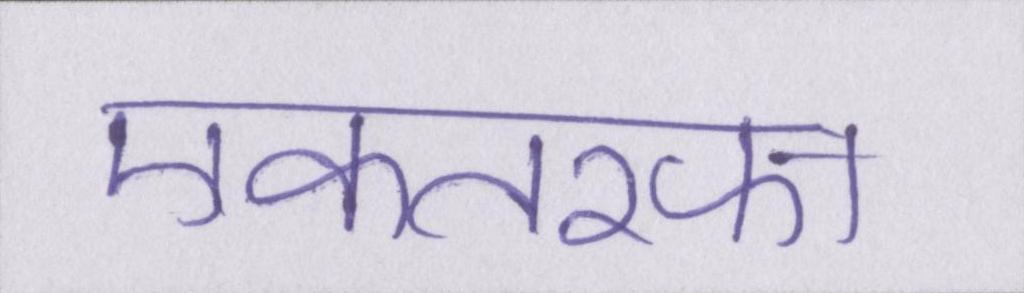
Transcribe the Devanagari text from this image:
एकतरफा